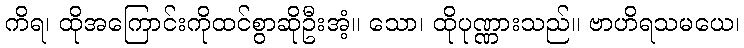
ကိရ၊ ထိုအကြောင်းကိုထင်စွာဆိုဦးအံ့။ သော၊ ထိုပုဏ္ဏားသည်။ ဗာဟိရသမယေ၊